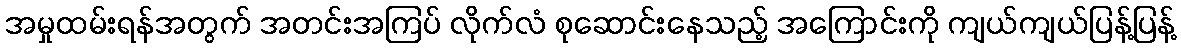
အမှုထမ်းရန်အတွက် အတင်းအကြပ် လိုက်လံ စုဆောင်းနေသည့် အကြောင်းကို ကျယ်ကျယ်ပြန့်ပြန့်